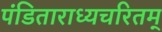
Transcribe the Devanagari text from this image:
पंडिताराध्यचरितम्